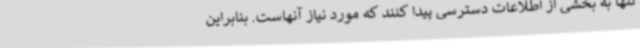
تنها به بخشی از اطلاعات دسترسی پیدا کنند که مورد نیاز آنهاست. بنابراین